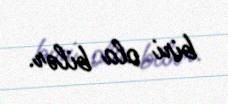
biri ola bilər.